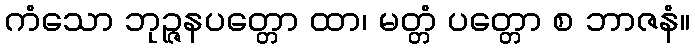
ကံသော ဘုဉ္ဇနပတ္တော ထာ၊ မတ္တံ ပတ္တော စ ဘာဇနံ။